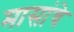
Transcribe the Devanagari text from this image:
मासांचे